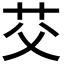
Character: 𫇫